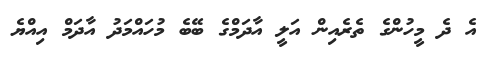
އެ ދެ މީހުންގެ ތެރެއިން އަލީ އާދަމްގެ ބޭބެ މުހައްމަދު އާދަމް އިއްޔެ